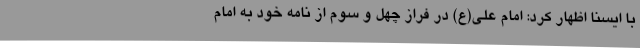
با ایسنا اظهار کرد: امام علی(ع) در فراز چهل و سوم از نامه خود به امام